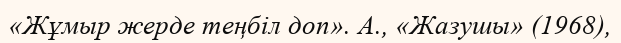
«Жұмыр жерде теңбіл доп». А., «Жазушы» (1968),